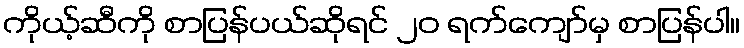
ကိုယ့်ဆီကို စာပြန်ပယ်ဆိုရင် ၂၀ ရက်ကျော်မှ စာပြန်ပါ။